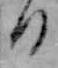
る